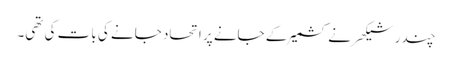
چندر شیکھر نے کشمیر کے جانے پر اتحاد جانے کی بات کی تھی۔